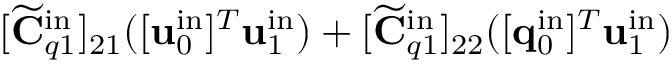
[ \widetilde { \mathbf { C } } _ { q 1 } ^ { \mathrm { i n } } ] _ { 2 1 } ( [ \mathbf { u } _ { 0 } ^ { \mathrm { i n } } ] ^ { T } \mathbf { u } _ { 1 } ^ { \mathrm { i n } } ) + [ \widetilde { \mathbf { C } } _ { q 1 } ^ { \mathrm { i n } } ] _ { 2 2 } ( [ \mathbf { q } _ { 0 } ^ { \mathrm { i n } } ] ^ { T } \mathbf { u } _ { 1 } ^ { \mathrm { i n } } )